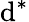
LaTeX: \mathrm{d}^{*}